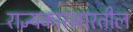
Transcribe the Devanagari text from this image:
राज्यकारभारतील